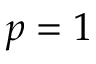
p = 1